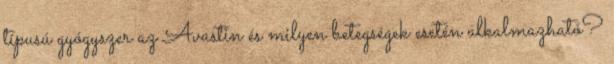
típusú gyógyszer az Avastin és milyen betegségek esetén alkalmazható?